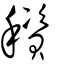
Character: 䆅